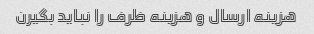
هزینه ارسال و هزینه ظرف را نباید بگیرن